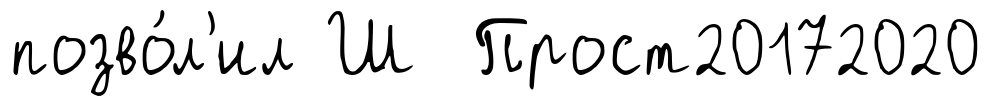
позво́л'ил Ш Прост20172020